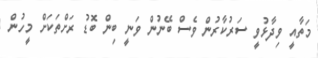
މަތާއީ ވިދާޅުވީ ސަރުކާރުން ވެސް ބޭނުން ވަނީ ބިން ބޮޑު ރަށްތަކަށް މީހުން